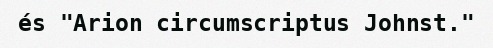
és "Arion circumscriptus Johnst."